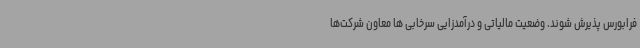
فرابورس پذیرش شوند. وضعیت مالیاتی و درآمدزایی سرخابی ها معاون شرکت‌ها